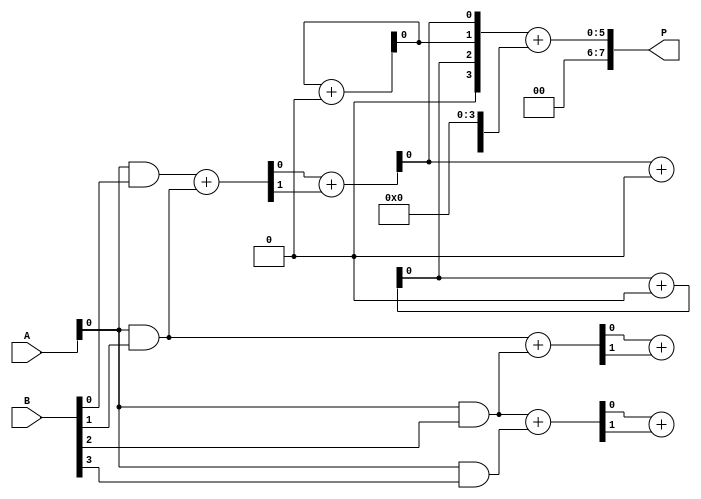
module HighThroughputWallaceTreeMultiplier #(parameter N = 4)(
    input [N-1:0] A,
    input [N-1:0] B,
    output reg [2*N-1:0] P
);

    // Generate partial products
    wire [N-1:0] pp [0:N-1]; // Array of partial products
    genvar i, j;
    generate
        for (i = 0; i < N; i = i + 1) begin : pp_gen
            assign pp[i] = A & {N{B[i]}};
        end
    endgenerate

    // Wallace Tree Reduction
    wire [N-1:0] sum [0:N-1]; // Sums at each level
    wire [N-1:0] carry [0:N-1]; // Carries at each level
    wire [N-1:0] next_sum [0:N-1];
    wire [N-1:0] next_carry [0:N-1];

    // First stage: Half adders and full adders
    genvar stage, row;
    generate
        for (stage = 0; stage < N-1; stage = stage + 1) begin : reduction_stage
            for (row = 0; row < N; row = row + 1) begin : reduction_row
                if (row < N-1) begin
                    if (stage == 0) begin
                        // First stage with half and full adders
                        if (row < N-1) begin
                            assign {carry[stage][row], sum[stage][row]} = pp[row][stage] + pp[row+1][stage];
                        end
                    end else begin
                        // Subsequent stages
                        if (row < N-1) begin
                            assign {next_carry[row], next_sum[row]} = sum[stage-1][row] + carry[stage-1][row];
                            assign carry[stage][row] = next_carry[row];
                            assign sum[stage][row] = next_sum[row];
                        end
                    end
                end
            end
        end
    endgenerate

    // Final addition
    wire [2*N-1:0] final_sum;
    wire [2*N-1:0] final_carry;

    assign final_sum = {1'b0, sum[N-2]} + {carry[N-2], 1'b0};

    // Output the final product
    always @(*) begin
        P = final_sum; // Assign the final sum to the product
    end

endmodule